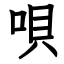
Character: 唄